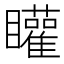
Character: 矔